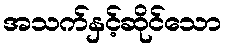
အသက်နှင့်ဆိုင်သော